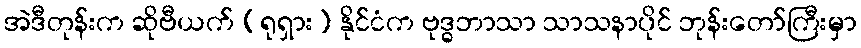
အဲဒီတုန်းက ဆိုဗီယက် (ရုရှား) နိုင်ငံက ဗုဒ္ဓဘာသာ သာသနာပိုင် ဘုန်းတော်ကြီးမှာ